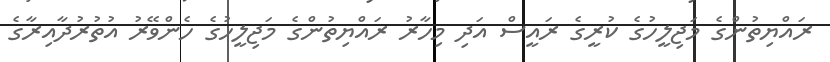
ރައްޔިތުންގެ މަޖިލީހުގެ ކުރީގެ ރައީސް އަދި މިހާރު ރައްޔިތުންގެ މަޖިލީހުގެ ހެންވޭރު އުތުރުދާއިރާގެ